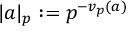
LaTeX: | a | _ { p } : = p ^ { - v _ { p } ( a ) }